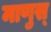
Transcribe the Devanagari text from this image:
माणुस्